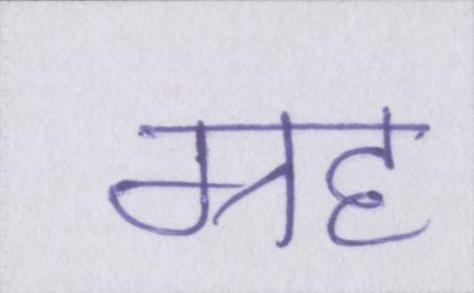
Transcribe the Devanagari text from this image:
ग्रह